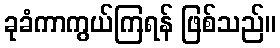
ခုခံကာကွယ်ကြရန် ဖြစ်သည်။